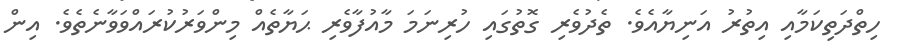
ހިތްދަތިކަމާއި އިތުރު އަނިޔާއެވެ. ތެދުވެރި ގޮތުގައި ހުރިނަމަ މާއުފާވެރި ޙަޔާތެއް މިންވަރުކުރައްވަވާނެތެވެ. އިން